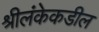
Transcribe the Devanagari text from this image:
श्रीलंकेकडील